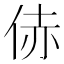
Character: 𪜻